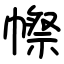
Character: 㡜